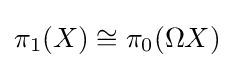
\pi _{1}(X)\cong \pi _{0}(\Omega X)